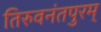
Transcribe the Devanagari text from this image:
तिरुवनंतपुरम्‌